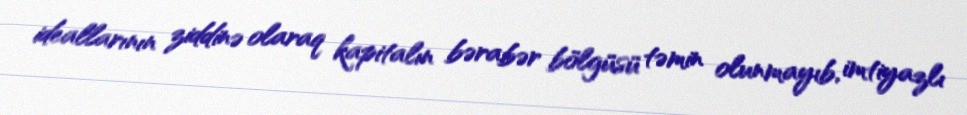
ideallarının ziddinə olaraq kapitalın bərabər bölgüsü təmin olunmayıb, imtiyazlı